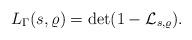
LaTeX: \begin{align*}L_{\Gamma}(s, \varrho) = \det(1-\mathcal{L}_{s,\varrho}).\end{align*}